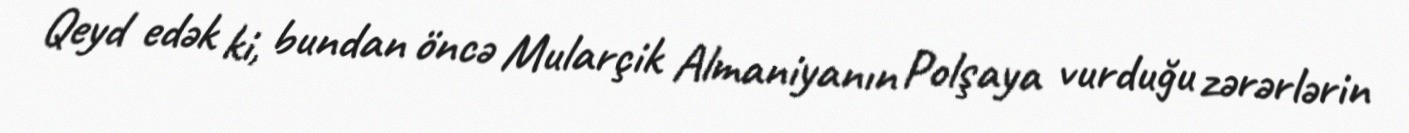
Qeyd edək ki, bundan öncə Mularçik Almaniyanın Polşaya vurduğu zərərlərin